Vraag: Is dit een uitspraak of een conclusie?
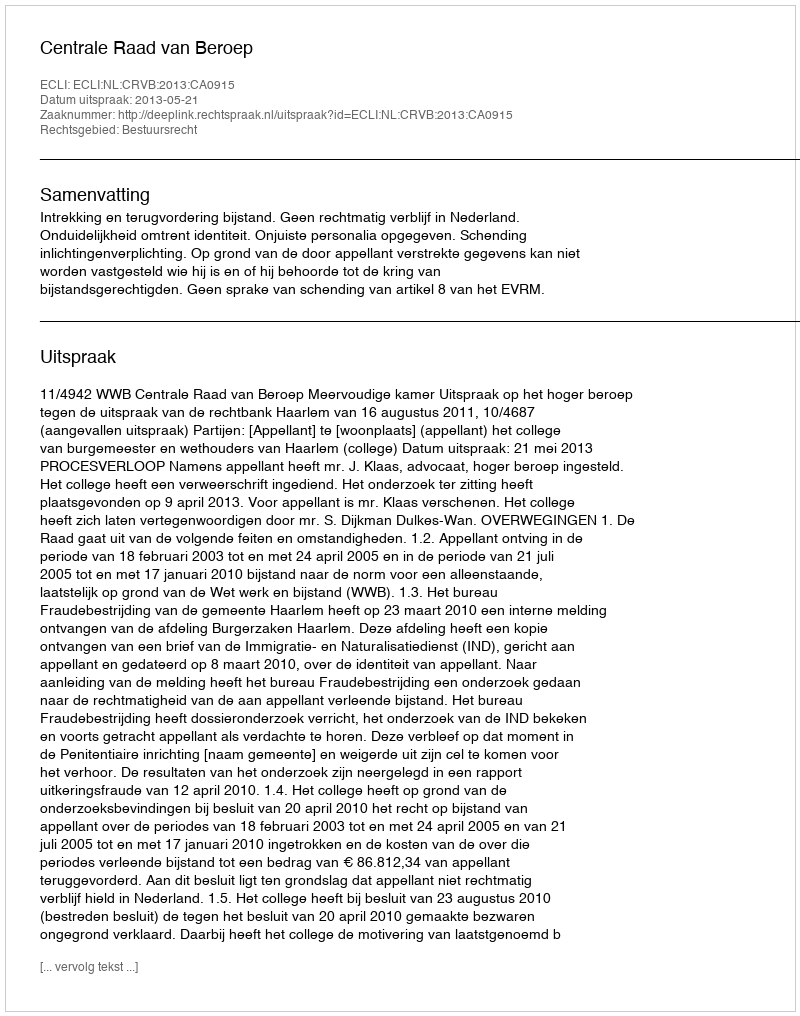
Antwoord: Uitspraak